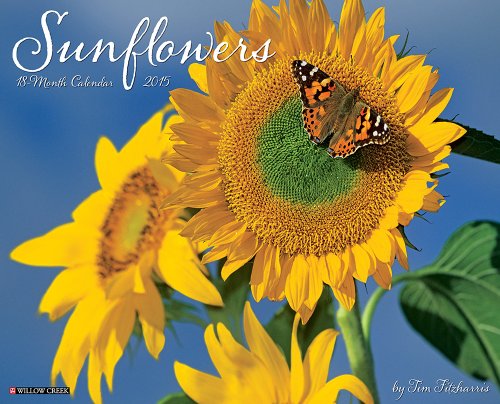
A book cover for Sunflowers 2015 Wall Calendar; Willow Creek Press; Calendars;